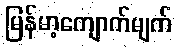
မြန်မာ့ကျောက်မျက်